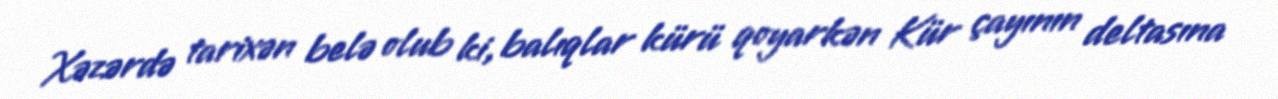
Xəzərdə tarixən belə olub ki, balıqlar kürü qoyarkən Kür çayının deltasına